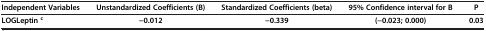
<table><thead><tr><td><b>Independent Variables</b></td><td><b>Unstandardized Coefficients (B)</b></td><td><b>Standardized Coefficients (beta)</b></td><td><b>95% Confidence interval for B</b></td><td><b>P</b></td></tr></thead><tbody><tr><td><b>LOGLeptin</b><sup><b>c</b></sup></td><td><b>−0.012</b></td><td><b>−0.339</b></td><td><b>(−0.023; 0.000)</b></td><td><b>0.03</b></td></tr></tbody></table>